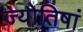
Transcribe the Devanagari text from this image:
ज्योतिषां